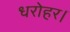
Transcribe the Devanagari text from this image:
धरोहर।